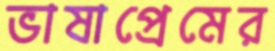
ভাষাপ্রেমের